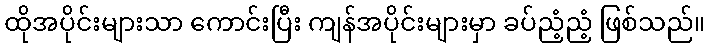
ထိုအပိုင်းများသာ ကောင်းပြီး ကျန်အပိုင်းများမှာ ခပ်ညံ့ညံ့ ဖြစ်သည်။